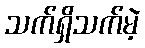
သက်ရှိသက်မဲ့